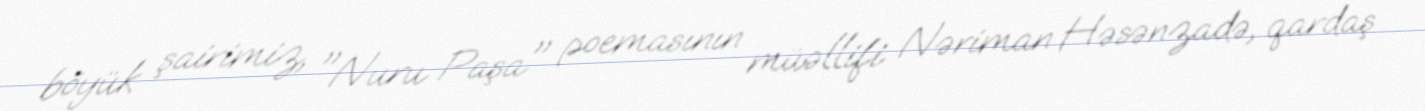
böyük şairimiz, "Nuru Paşa" poemasının müəllifi Nəriman Həsənzadə, qardaş